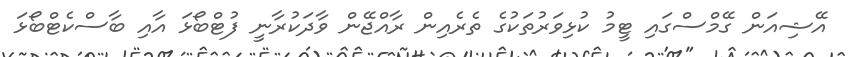
އޭޝިއަން ގޭމްސްގައި ޓީމު ކުޅިވަރުތަކުގެ ތެރެއިން ރާއްޖޭން ވާދަކުރާނީ ފުޓްބޯޅަ އާއި ބާސްކެޓްބޯޅަ